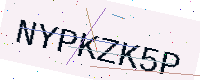
Text: NYPKZK5P